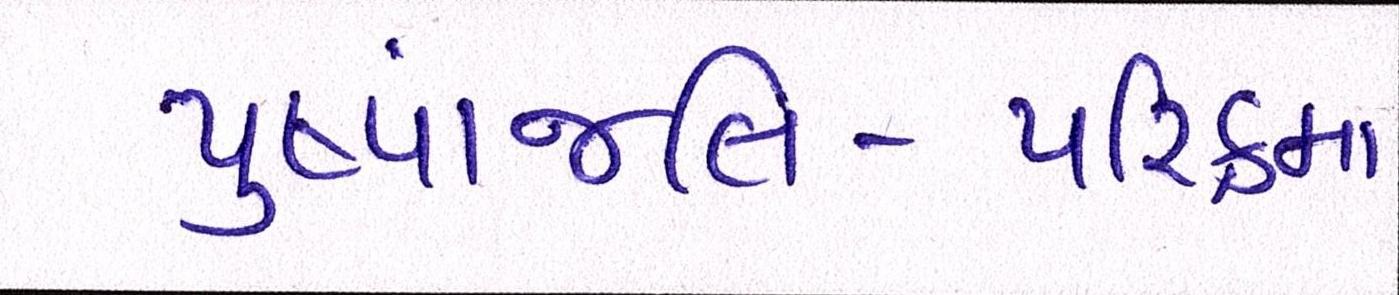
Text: પુષ્પાંજલિ-પરિક્રમા